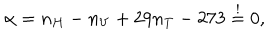
\alpha = n _ { H } - n _ { V } + 2 9 n _ { T } - 2 7 3 \stackrel { ! } { = } 0 ,